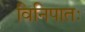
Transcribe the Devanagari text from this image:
विनिपातः